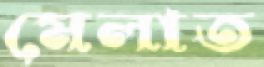
মেলাত